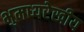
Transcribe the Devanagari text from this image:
भुमध्यरेखीय